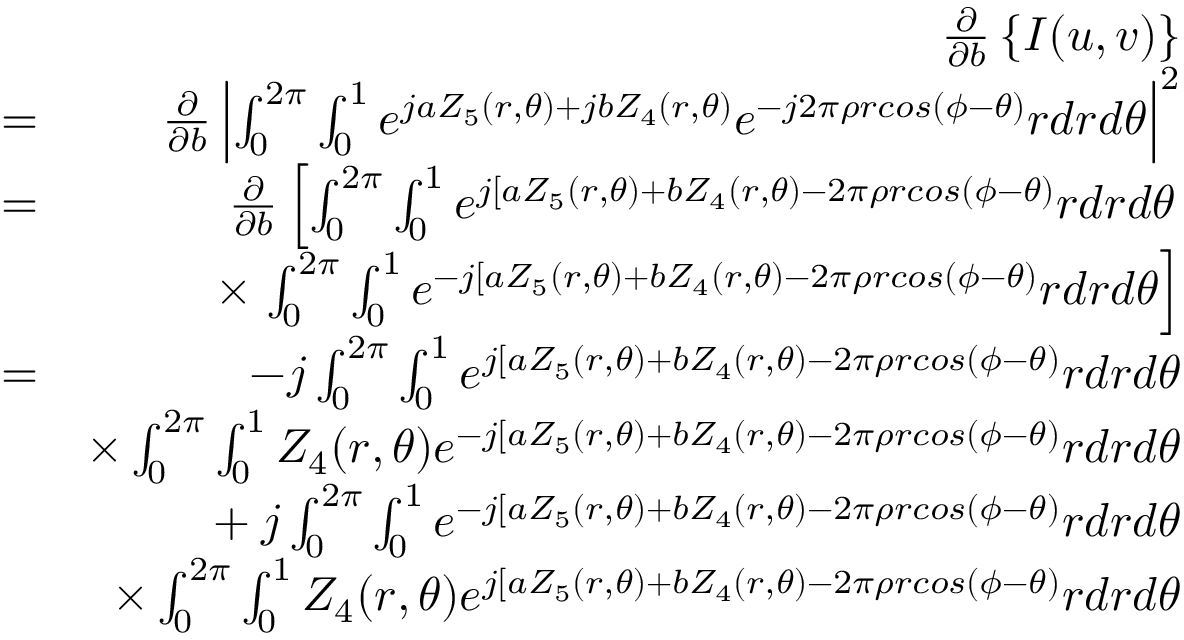
\begin{array} { r l r } & { } & { \frac { \partial } { \partial b } \left\{ I ( u , v ) \right\} } \\ & { = } & { \frac { \partial } { \partial b } \left| \int _ { 0 } ^ { 2 \pi } \int _ { 0 } ^ { 1 } e ^ { j a Z _ { 5 } ( r , \theta ) + j b Z _ { 4 } ( r , \theta ) } e ^ { - j 2 \pi \rho r c o s ( \phi - \theta ) } r d r d \theta \right| ^ { 2 } } \\ & { = } & { \frac { \partial } { \partial b } \left[ \int _ { 0 } ^ { 2 \pi } \int _ { 0 } ^ { 1 } e ^ { j [ a Z _ { 5 } ( r , \theta ) + b Z _ { 4 } ( r , \theta ) - 2 \pi \rho r c o s ( \phi - \theta ) } r d r d \theta \right. } \\ & { } & { \times \left. \int _ { 0 } ^ { 2 \pi } \int _ { 0 } ^ { 1 } e ^ { - j [ a Z _ { 5 } ( r , \theta ) + b Z _ { 4 } ( r , \theta ) - 2 \pi \rho r c o s ( \phi - \theta ) } r d r d \theta \right] } \\ & { = } & { - j \int _ { 0 } ^ { 2 \pi } \int _ { 0 } ^ { 1 } e ^ { j [ a Z _ { 5 } ( r , \theta ) + b Z _ { 4 } ( r , \theta ) - 2 \pi \rho r c o s ( \phi - \theta ) } r d r d \theta } \\ & { } & { \times \int _ { 0 } ^ { 2 \pi } \int _ { 0 } ^ { 1 } Z _ { 4 } ( r , \theta ) e ^ { - j [ a Z _ { 5 } ( r , \theta ) + b Z _ { 4 } ( r , \theta ) - 2 \pi \rho r c o s ( \phi - \theta ) } r d r d \theta } \\ & { } & { + \: j \int _ { 0 } ^ { 2 \pi } \int _ { 0 } ^ { 1 } e ^ { - j [ a Z _ { 5 } ( r , \theta ) + b Z _ { 4 } ( r , \theta ) - 2 \pi \rho r c o s ( \phi - \theta ) } r d r d \theta } \\ & { } & { \times \int _ { 0 } ^ { 2 \pi } \int _ { 0 } ^ { 1 } Z _ { 4 } ( r , \theta ) e ^ { j [ a Z _ { 5 } ( r , \theta ) + b Z _ { 4 } ( r , \theta ) - 2 \pi \rho r c o s ( \phi - \theta ) } r d r d \theta } \\ & { } & \end{array}